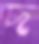
দ